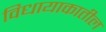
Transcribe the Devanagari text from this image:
विधायाकातील